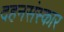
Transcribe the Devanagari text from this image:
दहनसंस्कार